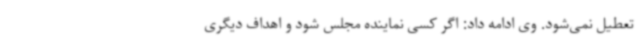
تعطیل نمی‌شود. وی ادامه داد: اگر کسی نماینده مجلس شود و اهداف دیگری